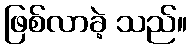
ဖြစ်လာခဲ့ သည်။